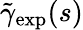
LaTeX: \tilde{\gamma}_{\mathrm{exp}}(s)